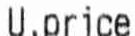
U.PRICE